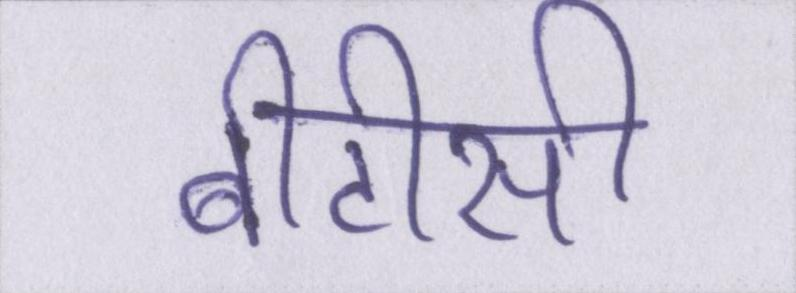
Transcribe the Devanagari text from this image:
बीटीसी